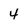
Character: 4